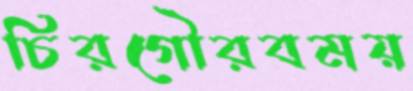
চিরগৌরবময়